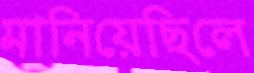
মানিয়েছিলে